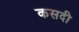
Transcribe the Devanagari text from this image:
कसदी